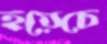
হয়েচে